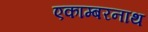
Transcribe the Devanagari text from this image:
एकाम्बरनाथ